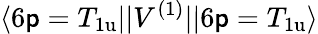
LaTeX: \langle6\mathsf{p}=T_{\mathrm{{1u}}}||V^{(1)}||6\mathsf{p}=T_{\mathrm{{1u}}}\rangle